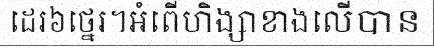
ដេរ៦ថ្នេរ។អំពើហិង្សាខាងលើបាន